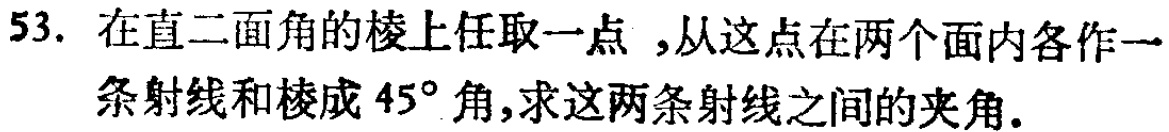
53. 在直二面角的棱上任取一点，从这点在两个面内各作一条射线和棱成\(45^{\circ}\)角，求这两条射线之间的夹角。